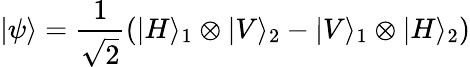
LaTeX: |\psi\rangle=\frac{1}{\sqrt{2}}\left(|H\rangle_{1}\otimes|V\rangle_{2}-|V\rangle_{1}\otimes|H\rangle_{2}\right)